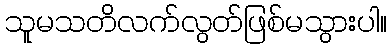
သူမသတိလက်လွတ်ဖြစ်မသွားပါ။